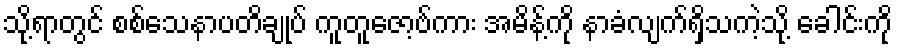
သို့ရာတွင် စစ်သေနာပတိချုပ် ကူတူဇော့ဗ်ကား အမိန့်ကို နာခံလျက်ရှိသကဲ့သို့ ခေါင်းကို